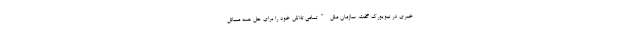
خبری در نیویورک گفت، سازمان ملل "تمامی تلاش خود را برای حل همه مسائل